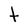
Character: t